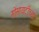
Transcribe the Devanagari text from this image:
सोसायटींच्या